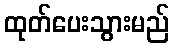
ထုတ်ပေးသွားမည်